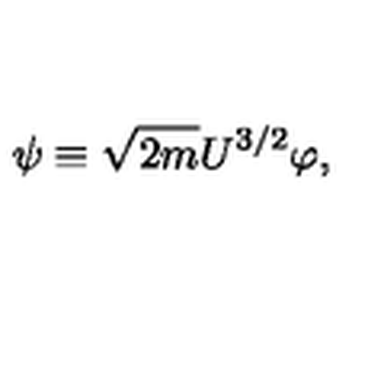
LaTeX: \psi \equiv \sqrt { 2 m } U ^ { 3 / 2 } \varphi ,